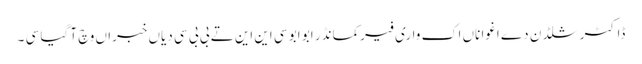
ڈاکٹر شلڈن دے اغوا ناں اک واری فیرکمانڈر ابو ابو سی این این تے بی بی سی دیاں خبراں وچ آ گیا سی ۔